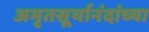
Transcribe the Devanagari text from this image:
अमृतसूर्यानंदांच्या